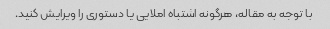
با توجه به مقاله، هرگونه اشتباه املایی یا دستوری را ویرایش کنید.